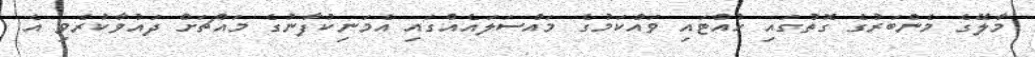
މާލޭގެ މެންބަރުގެ ގޮތުގައި ހުއްޓައި ވައްކަމުގެ މައްސަލައެއްގައި އެމަނިކުފާނުގެ މައްޗަށް ދައުވާކުރެވި އެ